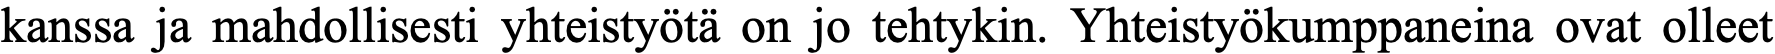
kanssa ja mahdollisesti yhteistyötä on jo tehtykin. Yhteistyökumppaneina ovat olleet